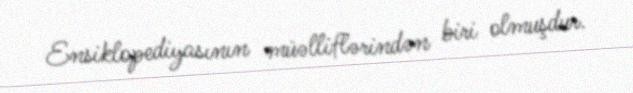
Ensiklopediyasının müəlliflərindən biri olmuşdur.